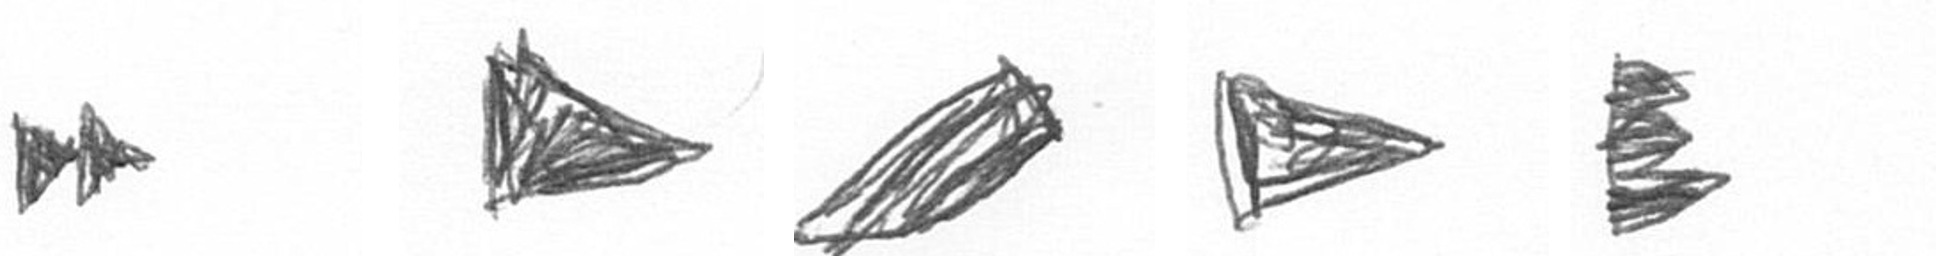
A T O T H